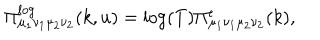
\Pi _ { \mu _ { 1 } \nu _ { 1 } \mu _ { 2 } \nu _ { 2 } } ^ { l o g } ( k , u ) = \log ( T ) \Pi _ { \mu _ { 1 } \nu _ { 1 } \mu _ { 2 } \nu _ { 2 } } ^ { \epsilon } ( k ) ,